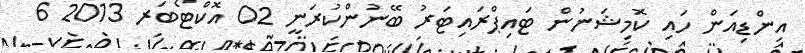
އިންޑިއަން ހައި ކޮމިޝަނުން ޓައިޕްރައިޓަރު ބޭނުންކުރަނީ 02 އޮކްޓޯބަރ 2013 6